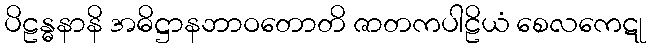
ပိဠန္ဓနာနိ အဓိဋ္ဌာနဘာဝတောတိ ဇာတကပါဠိယံ စေလကေဋု